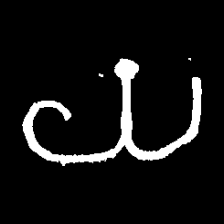
Pyu character \u2014 Myanmar letter: ယ (romanized: ya)